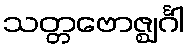
သတ္တဗောဇ္ဈင်္ဂါ